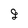
Character: 9